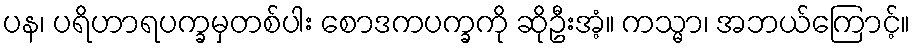
ပန၊ ပရိဟာရပက္ခမှတစ်ပါး စောဒကပက္ခကို ဆိုဦးအံ့။ ကသ္မာ၊ အဘယ်ကြောင့်။